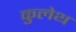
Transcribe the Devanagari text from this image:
कुलेथ